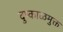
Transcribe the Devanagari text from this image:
दुष्काळमुक्त